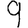
Digit: 9